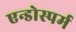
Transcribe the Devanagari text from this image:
एन्डोस्पर्म